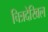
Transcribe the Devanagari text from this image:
चित्रदेखिल